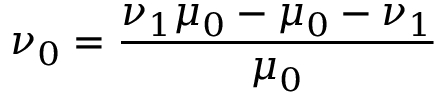
\nu _ { 0 } = \frac { \nu _ { 1 } \mu _ { 0 } - \mu _ { 0 } - \nu _ { 1 } } { \mu _ { 0 } }